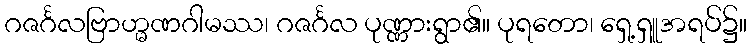
ဂဇင်္ဂလဗြာဟ္မဏဂါမဿ၊ ဂဇင်္ဂလ ပုဏ္ဏားရွာ၏။ ပုရတော၊ ရှေ့ရှူအရပ်၌။